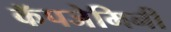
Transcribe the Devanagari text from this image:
कॅपजेमिनी